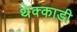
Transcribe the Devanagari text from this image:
थेक्काडी